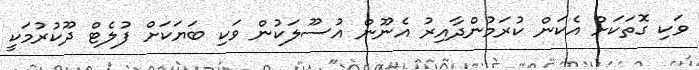
ވަކި ގޮތަކަށް އެކަން ކުރަމުންދާއިރު އެނޫން އުސޫލަކުން ވަކި ބަޔަކަށް ފުލެޓް ދޫކުރުމަކީ